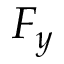
F _ { y }